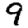
Digit: 9